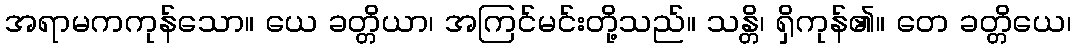
အရာမကကုန်သော။ ယေ ခတ္တိယာ၊ အကြင်မင်းတို့သည်။ သန္တိ၊ ရှိကုန်၏။ တေ ခတ္တိယေ၊